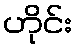
ဟိုင်း